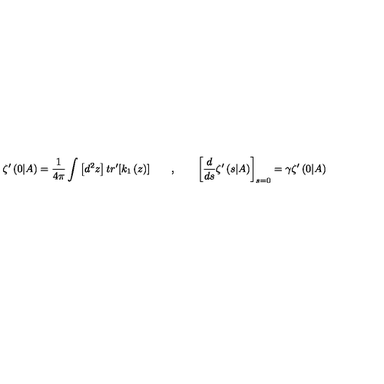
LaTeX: \zeta ^ { \prime } \left( 0 | A \right) = \frac { 1 } { 4 \pi } \int \left[ d ^ { 2 } z \right] t r ^ { \prime } [ k _ { 1 } \left( z \right) ] \qquad , \qquad \left[ \frac { d } { d s } \zeta ^ { \prime } \left( s | A \right) \right] _ { s = 0 } = \gamma \zeta ^ { \prime } \left( 0 | A \right)